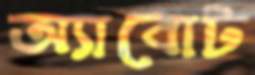
অ্যাবোট